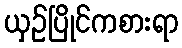
ယှဉ်ပြိုင်ကစားရာ